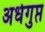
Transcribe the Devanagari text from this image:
अर्धगुप्त